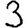
Digit: 3